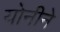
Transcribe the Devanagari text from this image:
योनीने